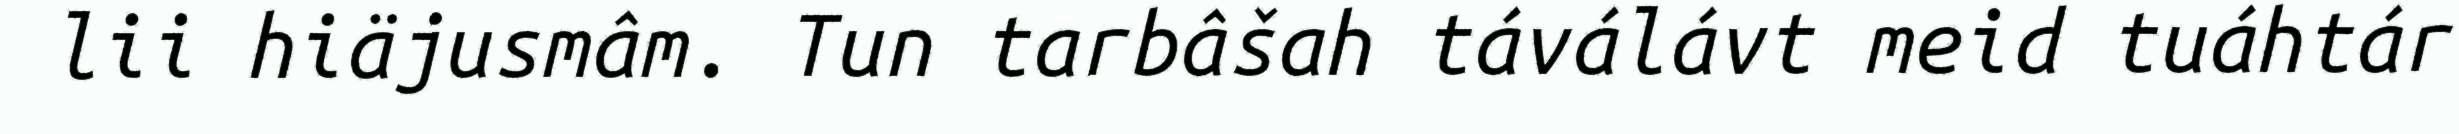
lii hiäjusmâm. Tun tarbâšah táválávt meid tuáhtár